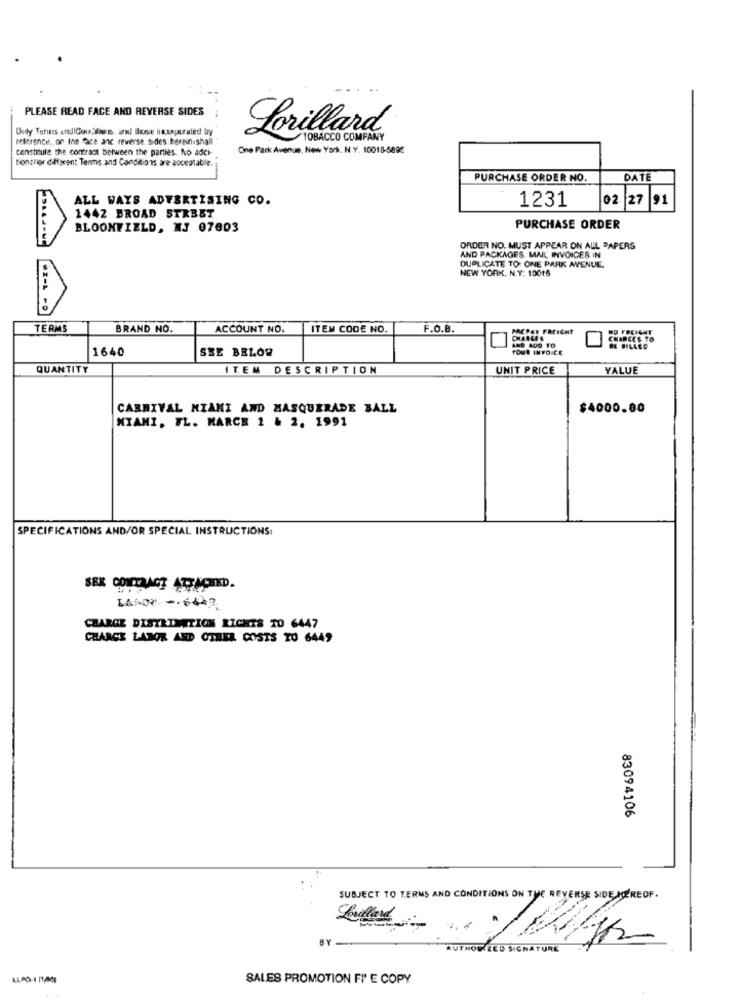
PLEASE READ FACE AND REVERSE SIDES
Oudy Terms andICan,live. al Ilse ilustraled by
Lorillard
reference, on the face and reverse sides:bereinishall
TOBACCO COMPANY
constitute the contract between the parties. No adci-
One Park Avenue, New York, N Y. 10016-5895
tionallor different Terms and Conditions are acceptable.
PURCHASE ORDER NO.
DATE
ALL WAYS ADVERTISING CO.
1231
02
27 91
1442 BROAD STREET
BLOONFIELD, NJ 07603
PURCHASE ORDER
ORDER NO. MUST APPEAR ON ALL PAPERS
AND PACKAGES. MAIL INVOICES IN
DUPLICATE TO: ONE PARK AVENUE.
NEW YORK, N.Y: 10016
TERMS
BRAND NO.
ACCOUNT NO.
ITEM CODE NO.
F.O.B.
PACPAY FREIGHT
OD FREIGHT
CHARGE'S
CHARGES TO
1640
SEE BELOW
YOUR INVOICE
QUANTITY
ITEM DESCRIPTION
UNIT PRICE
YALUE
CARNIVAL MIAMI AND MASQUERADE BALL
$4000.00
MIAMI, FL. MARCH 1 & 2. 1991
SPECIFICATIONS AND/OR SPECIAL INSTRUCTIONS:
LAFOR - - 6443
CHARGE DISTRIBUTION LICHTS 10 6447
CHANCE LABOR AND OTHER COSTS TO 6449
83094106
SUBJECT TO TERMS AND CONDITIONS ON THE REVERSE SIDE KEREOF.
Lolland
BY
AUTHORIZED SIGNATURE
LLPO-1 PLACE
SALES PROMOTION FIE COPY